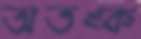
অতঙ্ক